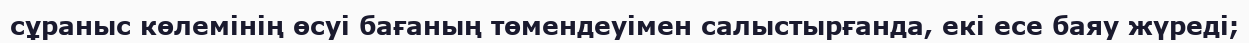
сұраныс көлемінің өсуі бағаның төмендеуімен салыстырғанда, екі есе баяу жүреді;